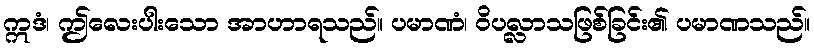
ဣဒံ၊ ဤလေးပါးသော အာဟာရသည်။ ပမာဏံ၊ ဝိပလ္လာသဖြစ်ခြင်း၏ ပမာဏသည်။